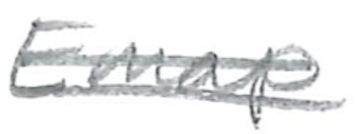
Text: Emap
Cross-out: mix
Writing tool: pencil